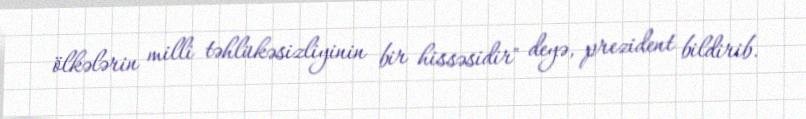
ölkələrin milli təhlükəsizliyinin bir hissəsidir" deyə, prezident bildirib.